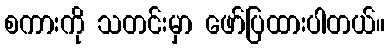
စကားကို သတင်းမှာ ဖော်ပြထားပါတယ်။